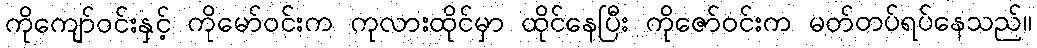
ကိုကျော်ဝင်းနှင့် ကိုမော်ဝင်းက ကုလားထိုင်မှာ ထိုင်နေပြီး ကိုဇော်ဝင်းက မတ်တပ်ရပ်နေသည်။